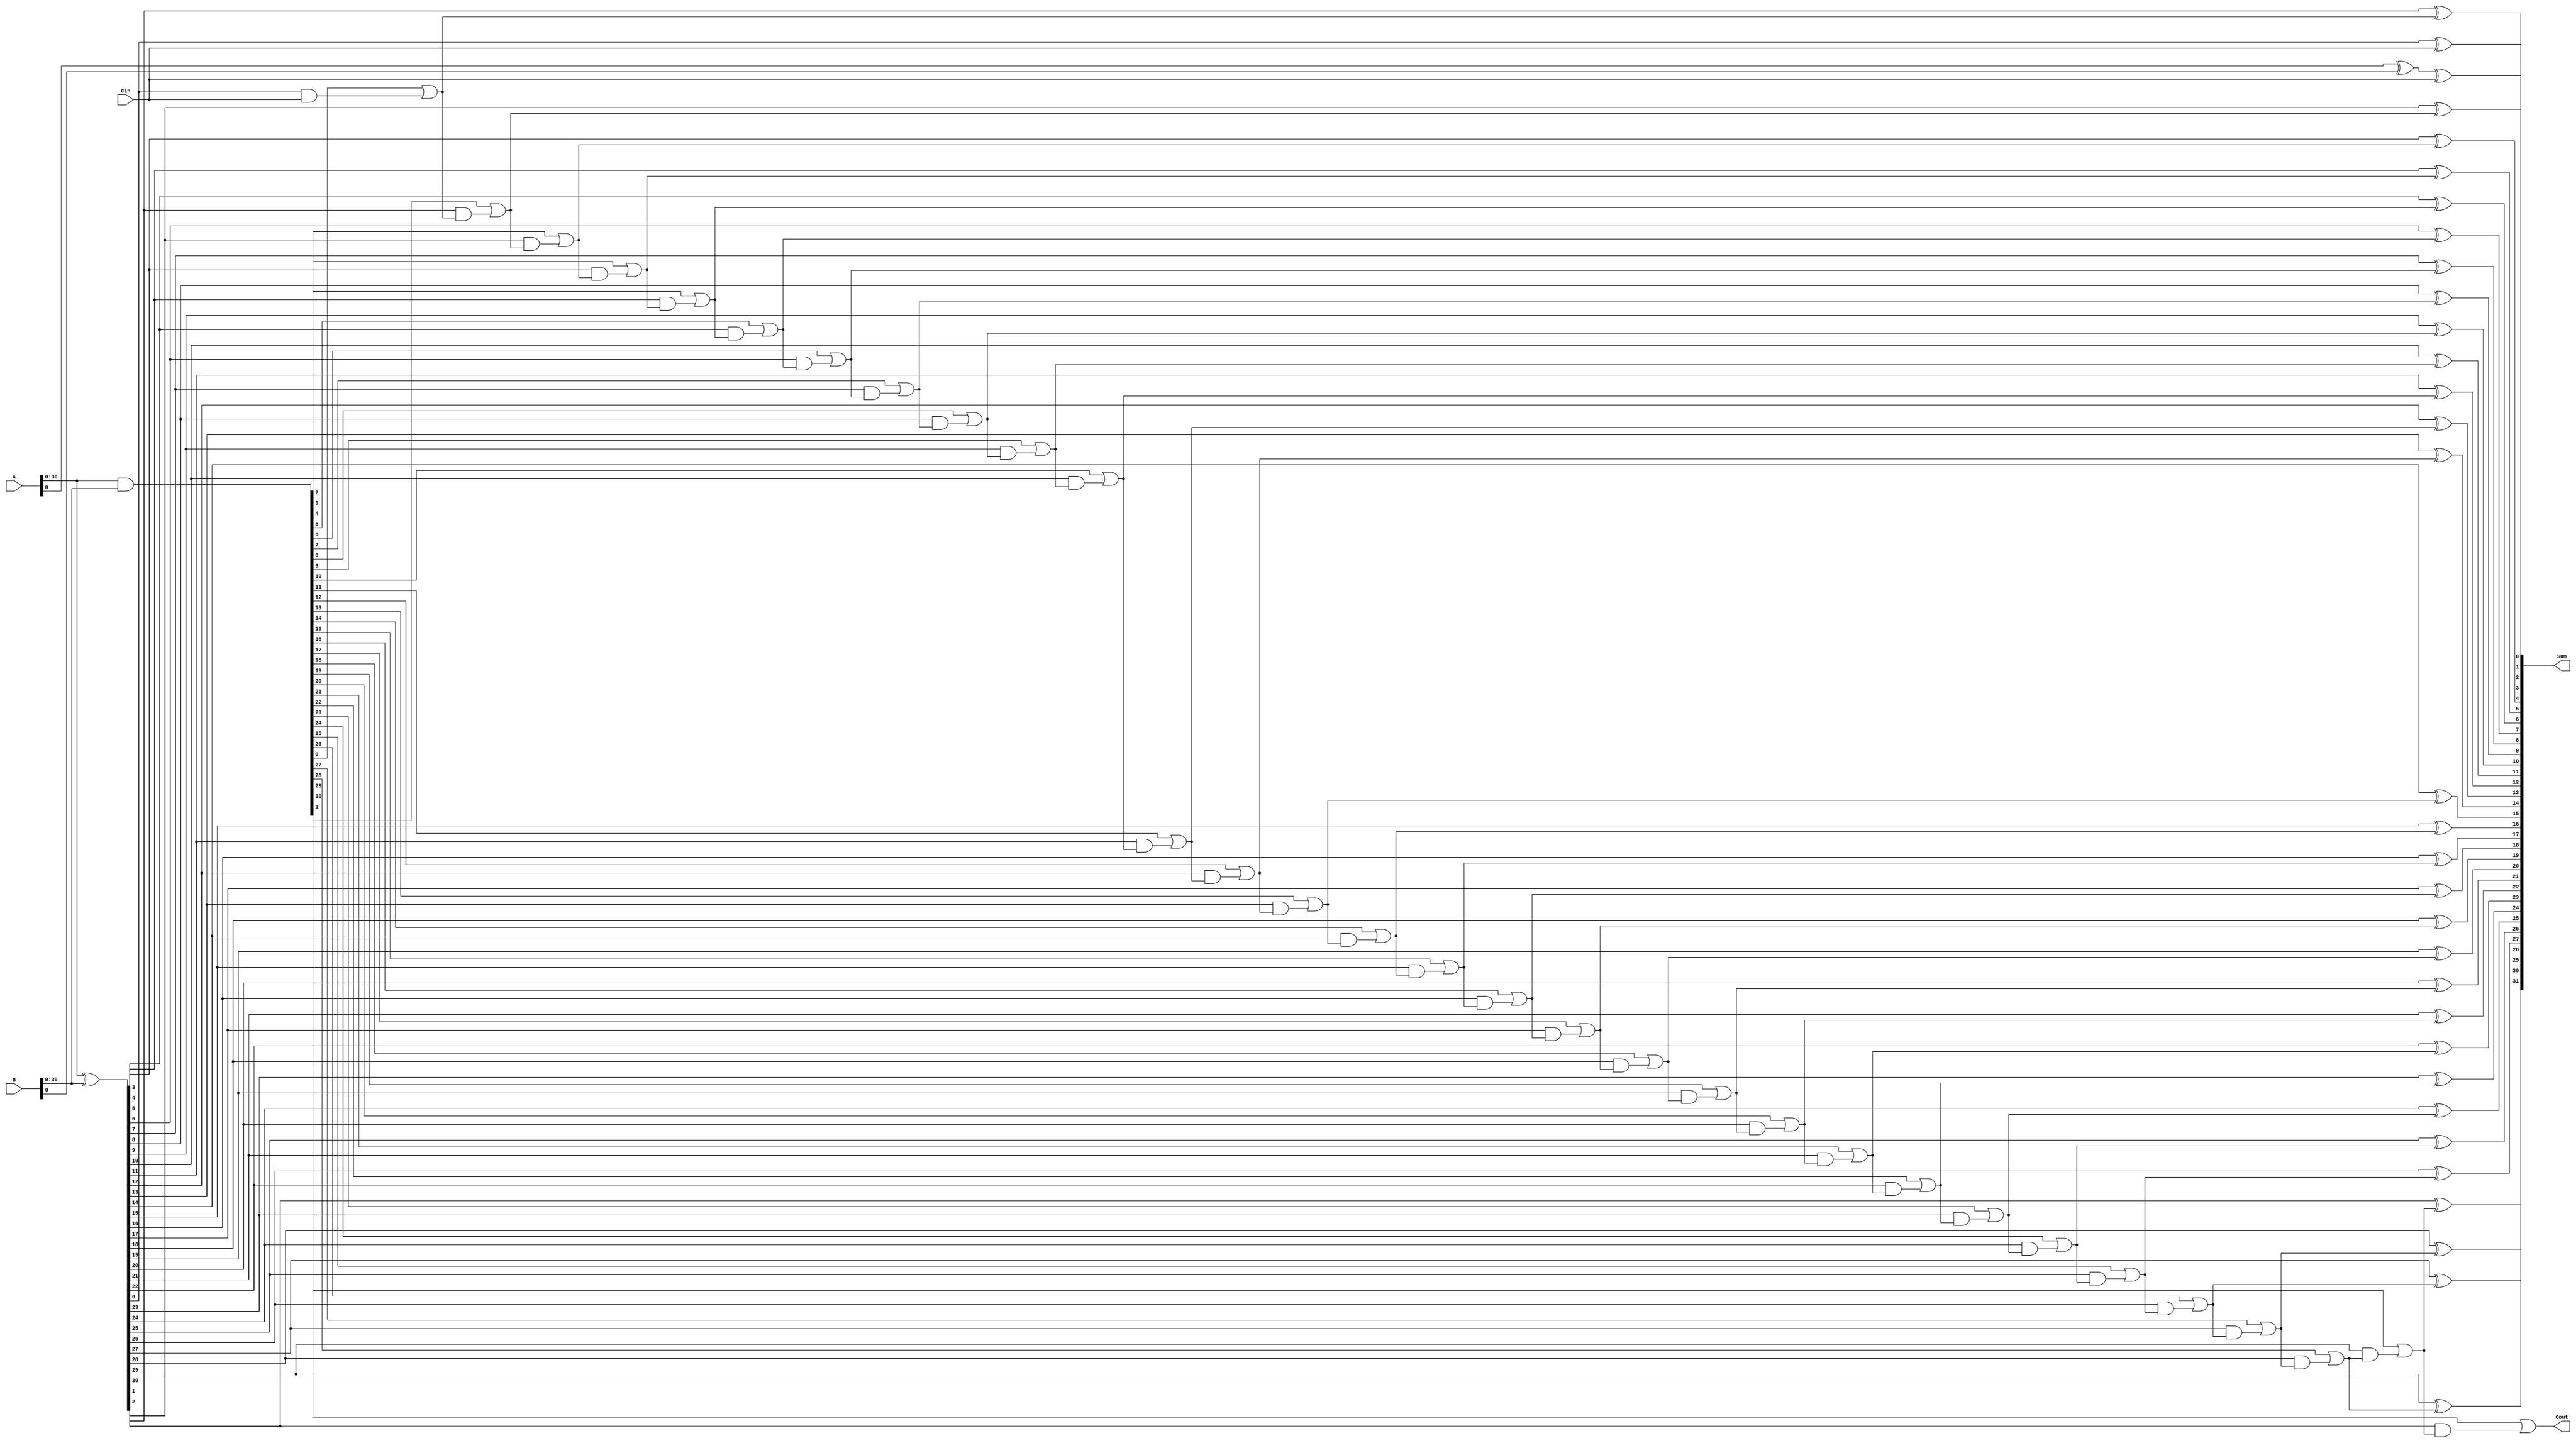
module carry_bypass_adder (input [31:0] A, input [31:0] B, input Cin, output [31:0] Sum, output Cout);

    wire [32:0] P, G, C;

    // Generate P and G signals
    assign P = A ^ B;
    assign G = A & B;

    // Generate Carry bits
    assign C[0] = Cin;
    
    genvar i;
    generate
        for (i = 0; i < 31; i = i + 1) begin
            assign C[i+1] = G[i] | (P[i] & C[i]);
        end
    endgenerate

    // Calculate Sum using Carry-bypass paths
    assign Sum[0] = A[0] ^ B[0] ^ Cin;
    generate
        for (i = 1; i < 32; i = i + 1) begin
            assign Sum[i] = P[i-1] ^ C[i-1];
        end
    endgenerate

    // Calculate Carry-out
    assign Cout = C[31];
        
endmodule